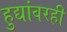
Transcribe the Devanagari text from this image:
हुद्यांवरही